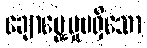
ချောမွေ့မှုမရှိသော